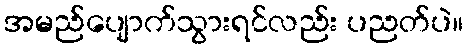
အမည်ပျောက်သွားရင်လည်း ပညတ်ပဲ။